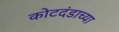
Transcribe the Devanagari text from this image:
कोटदंडाच्या